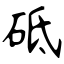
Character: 砥